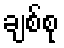
ချစ်စု